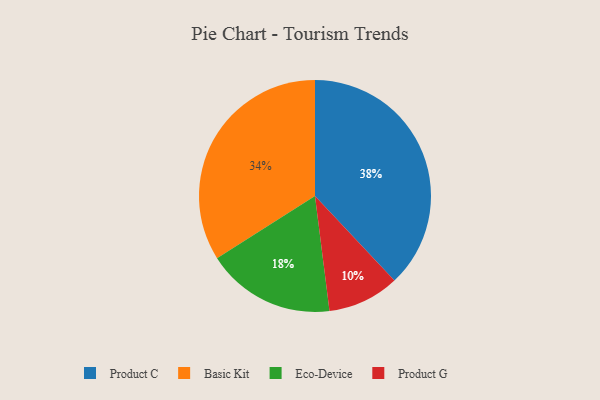
{"axis": {"x": "Category", "y": "Percentage"}, "legend": ["Basic Kit", "Eco-Device", "Product C", "Product G"], "data": [{"x": "Product G", "y": 10, "type": "Product G"}, {"x": "Basic Kit", "y": 34, "type": "Basic Kit"}, {"x": "Product C", "y": 38, "type": "Product C"}, {"x": "Eco-Device", "y": 18, "type": "Eco-Device"}]}